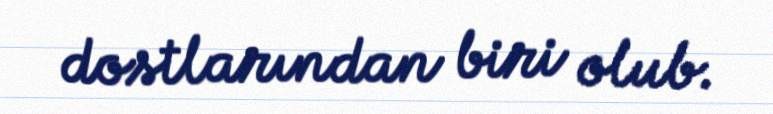
dostlarından biri olub.